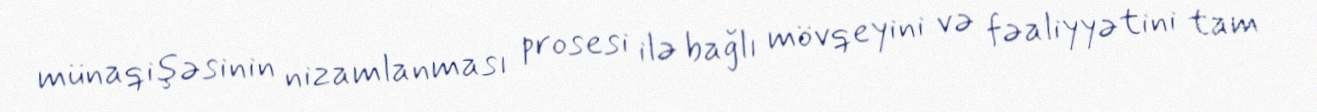
münaqişəsinin nizamlanması prosesi ilə bağlı mövqeyini və fəaliyyətini tam